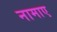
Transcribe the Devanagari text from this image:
नामाए